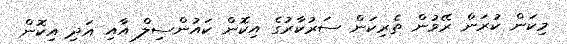
މިކަން ކުރަން ރޭވުން ތެރިކަން ސަރުކާރުގެ އިކޮން ކައުންސިލް އާއި އަދި އިކޮން